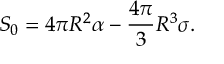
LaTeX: S _ { 0 } = 4 \pi R ^ { 2 } \alpha - \frac { 4 \pi } { 3 } R ^ { 3 } \sigma .